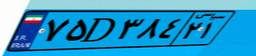
۳۰D۳۸۹۴۷